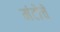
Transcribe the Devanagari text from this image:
मंटोचे